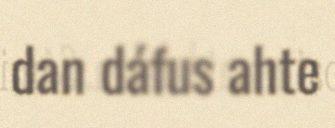
dan dáfus ahte